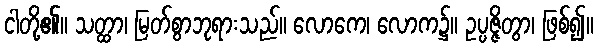
ငါတို့၏။ သတ္ထာ၊ မြတ်စွာဘုရားသည်။ လောကေ၊ လောက၌။ ဥပ္ပဇ္ဇိတွာ၊ ဖြစ်၍။